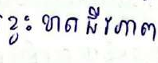
ខ្វះខាតជីវភាព